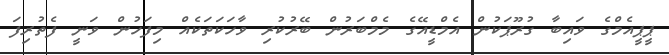
ޕީޕީއެމްގެ ވައިބާ ގުރޫޕަކުން އެމްޑީއޭގެ މެމްބަރުން ބޭރުކުރި ވާހަކަތަކެއް މިފަހުން ވަނީ ފެތުރިފަ